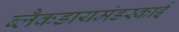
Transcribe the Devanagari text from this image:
ब्लैकडायमंडस्काई